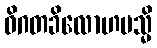
ဝိဂတခိလောဟမသ္မိ